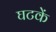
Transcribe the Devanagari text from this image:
घटकें